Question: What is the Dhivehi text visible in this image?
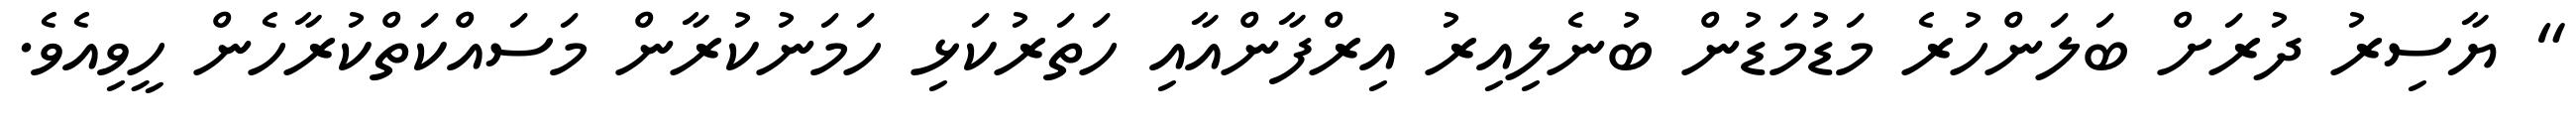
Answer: " ޔާސިރު ދުރަށް ބަލަންހުރެ މަޑުމަޑުން ބުނެލިއިރު އިރްފާންއާއި ހަތަރުކަޅި ހަމަނުކުރާން މަސައްކަތްކުރާހެން ހީވިއެވެ.